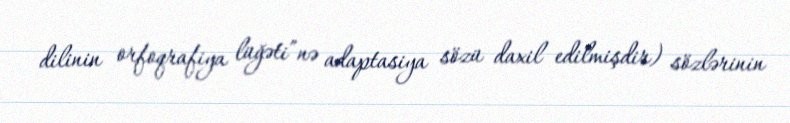
dilinin orfoqrafiya lüğəti”nə adaptasiya sözü daxil edilmişdir) sözlərinin